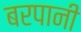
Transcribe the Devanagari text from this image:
बरपानी